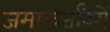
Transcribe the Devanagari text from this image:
जमाकर्तांओं